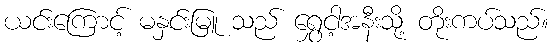
ယင်းကြောင့် မနှင်းမြူ သည် ရွှေငါ့အနီးသို့ တိုးကပ်သည်။